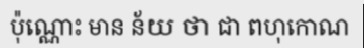
ប៉ុណ្ណោះ មាន ន័យ ថា ជា ពហុកោណ